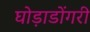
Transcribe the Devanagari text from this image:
घोड़ाडोंगरी